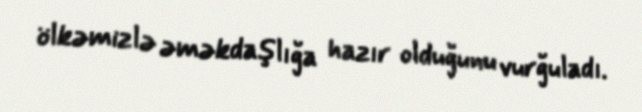
ölkəmizlə əməkdaşlığa hazır olduğunu vurğuladı.